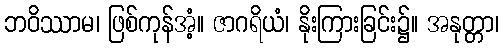
ဘဝိဿာမ၊ ဖြစ်ကုန်အံ့။ ဇာဂရိယံ၊ နိုးကြားခြင်း၌။ အနုတ္တာ၊